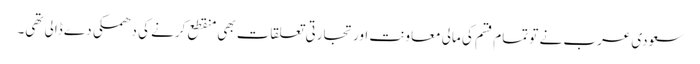
سعودی عرب نے تو تمام قسم کی مالی معاونت اور تجارتی تعلقات بھی منقطع کرنے کی دھمکی دے ڈالی تھی۔